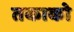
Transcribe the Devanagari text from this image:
तकाको